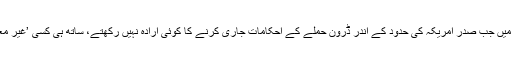
اس سے قبل اِسی ہفتے، ہولڈر نے کہا تھا کہ ایسے میں جب صدر امریکہ کی حدود کے اندر ڈرون حملے کے احکامات جاری کرنے کا کوئی ارادہ نہیں رکھتے، ساتھ ہی کسی ’غیر معمولی صورتِ حال‘ میں وہ ایسا کر بھی سکتے ہیں۔